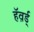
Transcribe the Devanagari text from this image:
हॅव़र्ड्